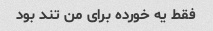
فقط یه خورده برای من تند بود